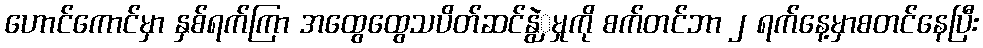
ဟောင်ကောင်မှာ နှစ်ရက်ကြာ အထွေထွေသပိတ်ဆင်နွဲှမှုကို စက်တင်ဘာ ၂ ရက်နေ့မှာစတင်နေပြီး